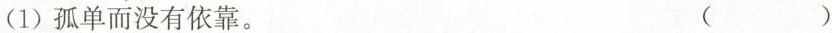
(1)孤单而没有依靠。（ ）